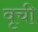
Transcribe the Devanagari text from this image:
वृची